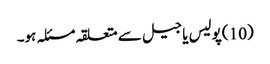
(10 )پولیس یا جیل سے متعلقہ مسئلہ ہو۔